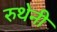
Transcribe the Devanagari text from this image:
रुथेनी